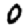
Digit: 0